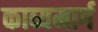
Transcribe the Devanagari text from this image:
काव्यमार्ग